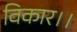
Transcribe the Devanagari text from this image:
विकार।।